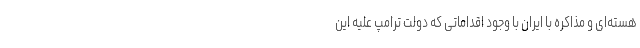
هسته‌ای و مذاکره با ایران با وجود اقداماتی که دولت ترامپ علیه این